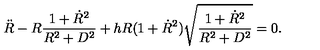
{ \ddot { R } } - R \frac { 1 + { \dot { R } } ^ { 2 } } { R ^ { 2 } + D ^ { 2 } } + h R ( 1 + { \dot { R } } ^ { 2 } ) \sqrt { \frac { 1 + { \dot { R } } ^ { 2 } } { R ^ { 2 } + D ^ { 2 } } } = 0 .